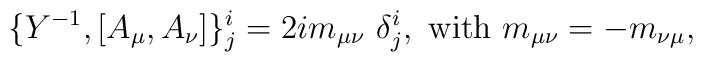
\{Y^{-1},[A_\mu,A_\nu]\}^i_j=2im_{\mu\nu}~\delta^i_j,~{\rm with}~m_{\mu\nu}=-m_{\nu\mu},